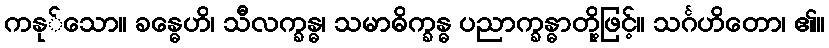
ကနု်သော။ ခန္ဓေဟိ၊ သီလက္ခန္ဓ၊ သမာဓိက္ခန္ဓ ပညာက္ခန္ဓာတို့ဖြင့်။ သင်္ဂဟိတော၊ ၏။